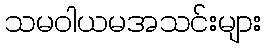
သမဝါယမအသင်းများ